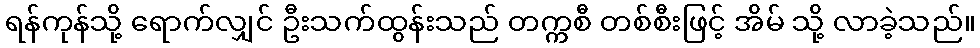
ရန်ကုန်သို့ ရောက်လျှင် ဦးသက်ထွန်းသည် တက္ကစီ တစ်စီးဖြင့် အိမ် သို့ လာခဲ့သည်။